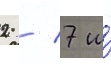
2 / 7 и́